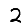
Digit: 2